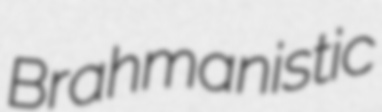
Brahmanistic